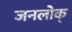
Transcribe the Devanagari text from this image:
जनलोक्